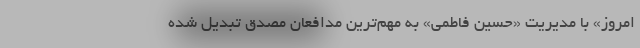
امروز» با مدیریت «حسین فاطمی» به مهم‌ترین مدافعان مصدق تبدیل شده